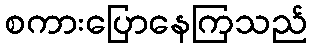
စကားပြောနေကြသည်